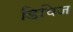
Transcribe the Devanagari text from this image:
डिविज